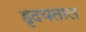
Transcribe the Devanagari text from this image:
हृदयताल